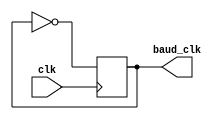
module baud_rate_clock (
    input wire clk,
    output reg baud_clk
);

always @(posedge clk) begin
    // Generate baud rate clock at 9600 bps
    baud_clk <= ~baud_clk;
end

endmodule